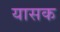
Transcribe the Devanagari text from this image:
यासक